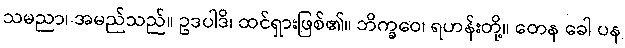
သမညာ၊ အမည်သည်။ ဥဒပါဒိ၊ ထင်ရှားဖြစ်၏။ ဘိက္ခဝေ၊ ရဟန်းတို့။ တေန ခေါ ပန